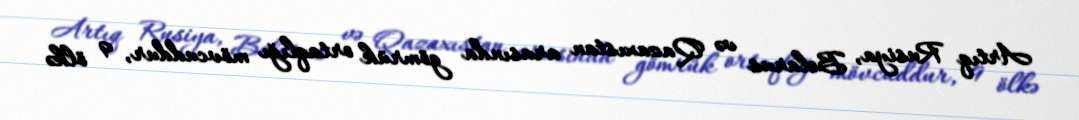
Artıq Rusiya, Belarus və Qazaxıstan arasında gömrük ortaqlığı mövcuddur, 9 ölkə